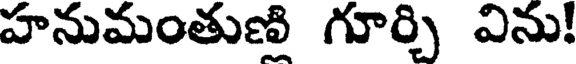
హనుమంతుణి గూర్చి విను!